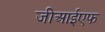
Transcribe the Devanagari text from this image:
जीआईएफ